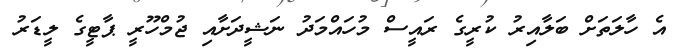
އެ ހާލަތަށް ބަލާއިރު ކުރީގެ ރައީސް މުހައްމަދު ނަޝީދަށާއި ޖުމްހޫރީ ޕާޓީގެ ލީޑަރު